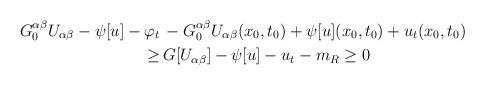
LaTeX: \begin{align*}\begin{aligned}G^{\alpha {\beta}}_0 U_{\alpha {\beta}} - \psi [u] - \varphi_t\,& - G^{\alpha {\beta}}_0 U_{\alpha {\beta}} (x_0, t_0) + \psi [u] (x_0, t_0) + u_t (x_0, t_0)\\\geq \,& G [U_{\alpha {\beta}}] - \psi [u] - u_t - m_R \geq 0\end{aligned}\end{align*}